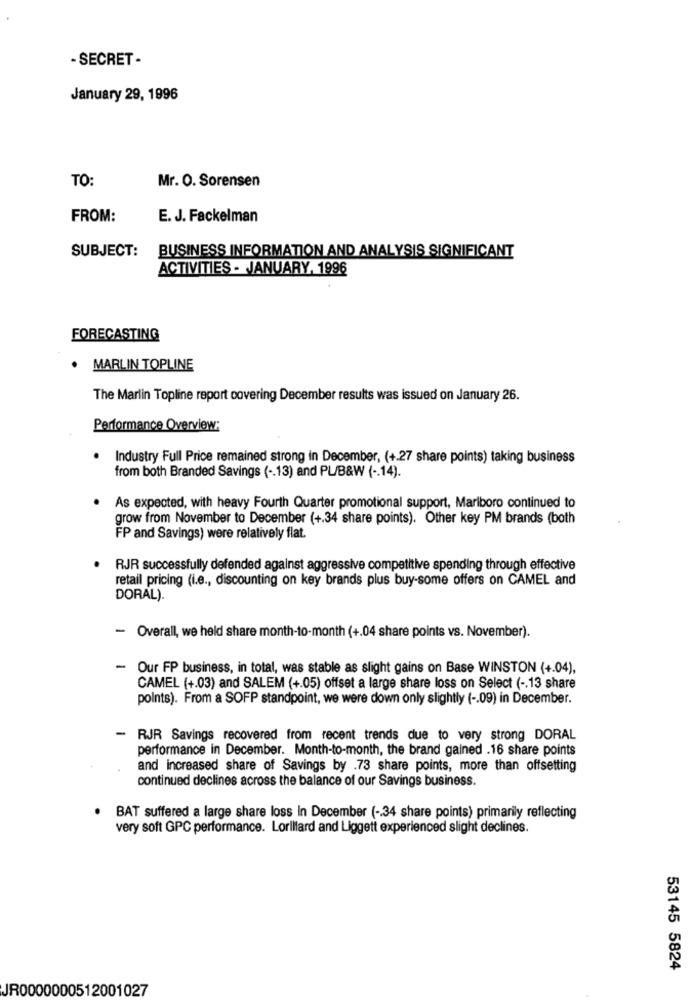
- SECRET -
January 29, 1996
TO:
Mr. O. Sorensen
FROM:
E. J. Fackelman
SUBJECT:
BUSINESS INFORMATION AND ANALYSIS SIGNIFICANT
ACTIVITIES - JANUARY, 1996
FORECASTING
.
MARLIN TOPLINE
The Marlin Topline report covering December results was issued on January 26.
Performance Overview:
Industry Full Price remained strong in December, (+.27 share points) taking business
from both Branded Savings ( -. 13) and PL/B&W ( -. 14).
As expected, with heavy Fourth Quarter promotional support, Marlboro continued to
grow from November to December (+.34 share points). Other key PM brands (both
FP and Savings) were relatively flat.
RJR successfully defended against aggressive competitive spending through effective
retail pricing (i.e ., discounting on key brands plus buy-some offers on CAMEL and
DORAL).
- Overall, we held share month-to-month (+.04 share points vs. November).
-
Our FP business, in total, was stable as slight gains on Base WINSTON (+.04),
CAMEL (+.03) and SALEM (+.05) offset a large share loss on Select ( -. 13 share
points). From a SOFP standpoint, we were down only slightly ( -. 09) in December.
-
RJR Savings recovered from recent trends due to very strong DORAL
performance in December. Month-to-month, the brand gained .16 share points
and increased share of Savings by .73 share points, more than offsetting
continued declines across the balance of our Savings business.
BAT suffered a large share loss In December ( -. 34 share points) primarily reflecting
very soft GPC performance. Lorillard and Liggett experienced slight declines.
53145 5824
JR0000000512001027